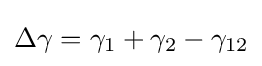
\Delta \gamma =\gamma _{1}+\gamma _{2}-\gamma _{12}